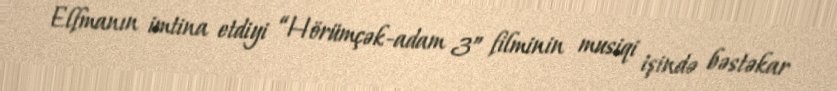
Elfmanın imtina etdiyi “Hörümçək-adam 3” filminin musiqi işində bəstəkar